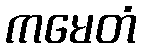
ကမေတံ